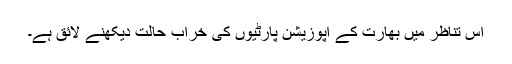
اس تناظر میں بھارت کے اپوزیشن پارٹیوں کی خراب حالت دیکھنے لائق ہے۔